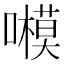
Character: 𡃗